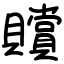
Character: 贘